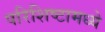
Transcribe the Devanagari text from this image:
परिशिष्टामध्ये